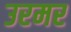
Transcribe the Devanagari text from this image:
उरमर